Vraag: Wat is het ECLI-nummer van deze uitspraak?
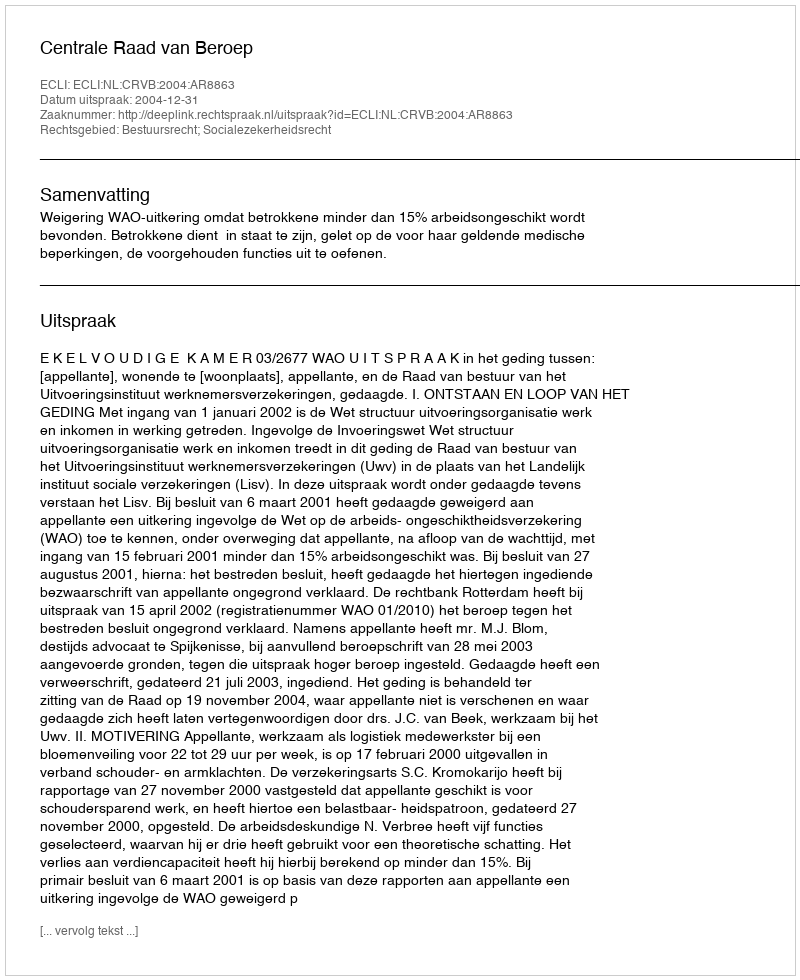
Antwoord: ECLI:NL:CRVB:2004:AR8863